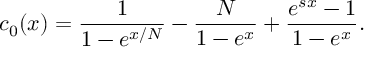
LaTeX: c _ { 0 } ( x ) = \frac { 1 } { 1 - e ^ { x / N } } - \frac { N } { 1 - e ^ { x } } + \frac { e ^ { s x } - 1 } { 1 - e ^ { x } } .